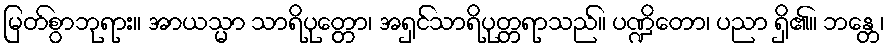
မြတ်စွာဘုရား။ အာယသ္မာ သာရိပုတ္တော၊ အရှင်သာရိပုတ္တရာသည်။ ပဏ္ဍိတော၊ ပညာ ရှိ၏။ ဘန္တေ၊